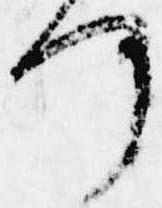
何